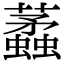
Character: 𧓿